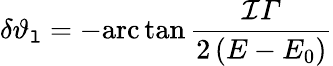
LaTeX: \delta\vartheta_{\mathtt{l}}=-\mathrm{{arc}}\tan\frac{{\mathcal{{I}}\varGamma}}{{2\left(E-E_{0}\right)}}